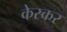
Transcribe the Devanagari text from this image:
केस्कर